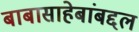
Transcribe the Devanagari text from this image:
बाबासाहेबांबद्दल